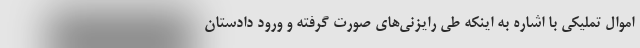
اموال تملیکی با اشاره به اینکه طی رایزنی‌های صورت گرفته و ورود دادستان